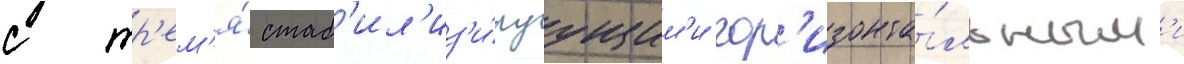
с тр'ем'я́ стаб'ил'из'и́руущим'и гор'изонта́льным'и